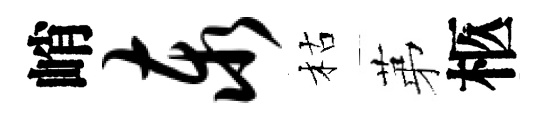
峭泰枯苐柩